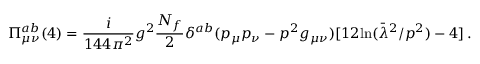
\Pi _ { \mu \nu } ^ { a b } ( 4 ) = \frac i { 1 4 4 \pi ^ { 2 } } g ^ { 2 } \frac { N _ { f } } { 2 } \delta ^ { a b } ( p _ { \mu } p _ { \nu } - p ^ { 2 } g _ { \mu \nu } ) [ 1 2 \mathrm { l n } ( \bar { \lambda } ^ { 2 } / p ^ { 2 } ) - 4 ] \, .